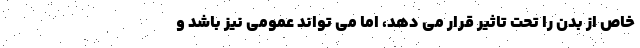
خاص از بدن را تحت تاثیر قرار می دهد، اما می تواند عمومی نیز باشد و